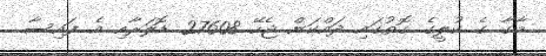
މާގާ ގެ ކުލީގެ ގޮތުގައި ދައްކަން ޖެހޭ 27608 ޑޮލަރާއި އެ ފައިސާ